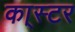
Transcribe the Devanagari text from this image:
का्स्‍टर